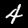
Label: 4